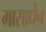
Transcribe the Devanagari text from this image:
मासार्धेन